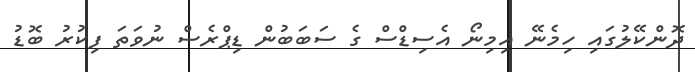
ދޮންކޭލުގައި ހިމެނޭ އިމިނޯ އެސިޑްސް ގެ ސަބަބުން ޑިޕްރެސް ނުވަތަ ފިކުރު ބޮޑު